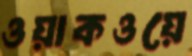
ওয়াকওয়ে